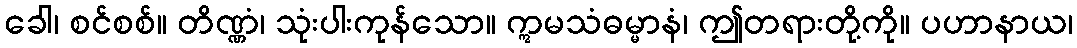
ခေါ၊ စင်စစ်။ တိဏ္ဏံ၊ သုံးပါးကုန်သော။ ဣမသံဓမ္မာနံ၊ ဤတရားတို့ကို။ ပဟာနာယ၊